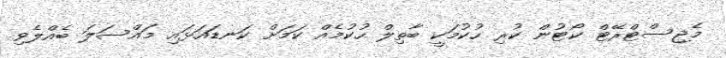
މެޖިސްޓްރޭޓް ކޯޓުން ކުރި ހުކުމަކީ ބާތިލް ހުކުމެއް ކަމަށް ކަނޑައަޅައި މައްސަލަ ބެއްލެވި